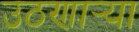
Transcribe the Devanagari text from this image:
उठणार्‍या